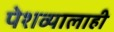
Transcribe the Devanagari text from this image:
पेशव्यालाही